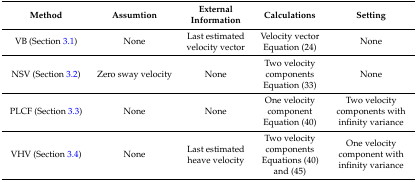
<table><thead><tr><td><b>Method</b></td><td><b>Assumtion</b></td><td><b>External Information</b></td><td><b>Calculations</b></td><td><b>Setting</b></td></tr></thead><tbody><tr><td>VB (Section 3.1)</td><td>None</td><td>Last estimated velocity vector</td><td>Velocity vector Equation (24)</td><td>None</td></tr><tr><td>NSV (Section 3.2)</td><td>Zero sway velocity</td><td>None</td><td>Two velocity components Equation (33)</td><td>None</td></tr><tr><td>PLCF (Section 3.3)</td><td>None</td><td>None</td><td>One velocity component Equation (40)</td><td>Two velocity components with infinity variance</td></tr><tr><td>VHV (Section 3.4)</td><td>None</td><td>Last estimated heave velocity</td><td>Two velocity components Equations (40) and (45)</td><td>One velocity component with infinity variance</td></tr></tbody></table>